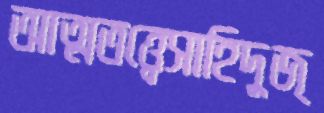
আত্মতত্ত্বেসাহিদুজ্